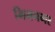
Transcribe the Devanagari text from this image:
भिमनगर